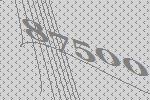
87500